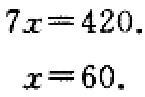
\[
\begin{align*}
7x&=420.\\
x&=60.
\end{align*}
\]